Scottish Certificate of Education, 1963
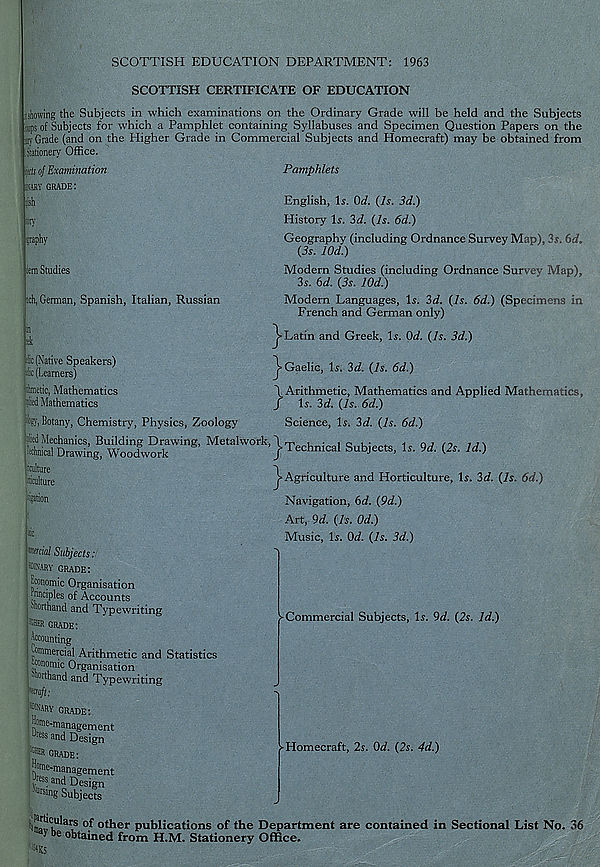
SCOTTISH EDUCATION DEPARTMENT: 1963
SCOTTISH CERTIFICATE OF EDUCATION
showing the Subjects in which examinations on the Ordinary Grade will be held and the Subjects
Tips of Subjects for which a Pamphlet containing Syllabuses and Specimen Question Papers on the
siy Grade (and on the Higher Grade in Commercial Subjects and Homecraft) may be obtained from
Stationery Office.
kts of Examination
HfflY grade:
Si
try
ytaphy
iem Studies
ich, German, Spanish, Italian, Russian
a
sk
fc (Native Speakers)
iic (Learners)
imetic, Mathematics
tied Mathematics
Pamphlets
English, Is. Od. (Is. 3d.)
History Is. 3d. (Is. 6d.)
Geography (including Ordnance Survey Map), 3s. 6rf.
(is. lOd.)
Modern Studies (including Ordnance Survey Map),
3s. (,d. (3s. lOd.)
Modern Languages, Is. 3d. (Is. 6d.) (Specimens in
French and German only)
Latin and Greek, Is. Od. (Is. 3d.)
j= Gaelic, Is. 3d. (Is. 6d.)
\ Arithmetic, Mathematics and Applied Mathematics,
/ Is. 3d. (Is. 6d.)
%, Botany, Chemistry, Physics, Zoology
3lied Mechanics, Building Drawing, Metalwork,
itchnical Drawing, Woodwork
hdture
Wture
Science, Is. 3d. (Is. 6d.)
^Technical Subjects, Is. 9d. (2s. Id.)
> Agriculture and Horticulture, Is. 2d. (Is. 6d.)
fijation
Navigation, 6cl. (9d.)
si c
Wrcial Subjects:
Msary grade:
Economic Organisation
ranciples of Accounts
“korthand and Typewriting
grade:
Accounting
Commercial Arithmetic and Statistics
economic Organisation
korthand and Typewriting
Art, 9d. (Is. Od.)
Music, Is. Od. (Is. 3d.)
► Commercial Subjects, Is. 9d. (2s. Id.)
Wary grade:
Home-management ess and Design
-Homecraft, 2s. 0<I. (2s. 4d.)
i r ‘ 1< ; ular s of other publications of the Department are contained in Sectional List No. 36
De obtained from H.M. Stationery Office.
hits